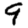
Digit: 9